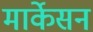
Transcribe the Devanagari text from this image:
मार्केसन